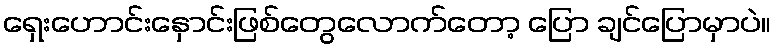
ရှေးဟောင်းနှောင်းဖြစ်တွေလောက်တော့ ပြော ချင်ပြောမှာပဲ။